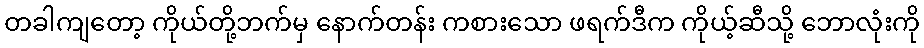
တခါကျတော့ ကိုယ်တို့ဘက်မှ နောက်တန်း ကစားသော ဖရက်ဒီက ကိုယ့်ဆီသို့ ဘောလုံးကို